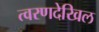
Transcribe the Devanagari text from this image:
त्वरणदेखिल